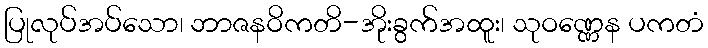
ပြုလုပ်အပ်သော၊ ဘာဇနဝိကတိ-အိုးခွက်အထူး၊ သုဝဏ္ဏေန ပကတံ